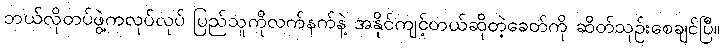
ဘယ်လိုတပ်ဖွဲ့ကလုပ်လုပ် ပြည်သူကိုလက်နက်နဲ့ အနိုင်ကျင့်တယ်ဆိုတဲ့ခေတ်ကို ဆိတ်သုဉ်းစေချင်ပြီ။